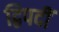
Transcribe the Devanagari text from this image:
द्विपदीं